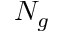
N _ { g }